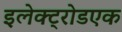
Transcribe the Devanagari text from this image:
इलेक्ट्रोडएक